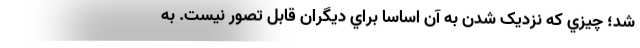
شد؛ چيزي که نزديک شدن به آن اساساً براي ديگران قابل تصور نيست. به